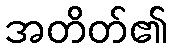
အတိတ်၏